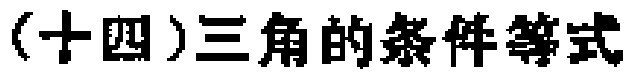
(十四)三角的条件等式